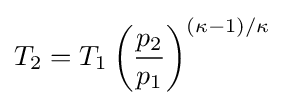
T_{2}=T_{1}\left({\frac {p_{2}}{p_{1}}}\right)^{(\kappa -1)/\kappa }